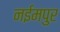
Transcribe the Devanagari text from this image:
नईमपुर